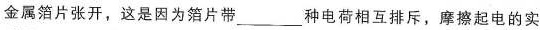
金属箔片张开，这是因为箔片带___种电荷相互排斥，摩擦起电的实